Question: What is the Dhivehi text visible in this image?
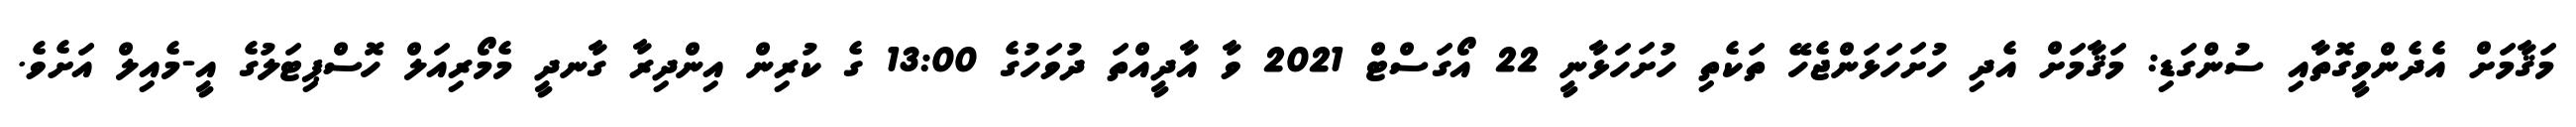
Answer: މަޤާމަށް އެދެންވީގޮތާއި ސުންގަޑި: މަޤާމަށް އެދި ހުށަހަޅަންޖެހޭ ތަކެތި ހުށަހަޅާނީ 22 އޯގަސްޓް 2021 ވާ އާދީއްތަ ދުވަހުގެ 13:00 ގެ ކުރިން އިންދިރާ ގާނދީ މެމޯރިއަލް ހޮސްޕިޓަލުގެ އީ-މެއިލް އަށެވެ.